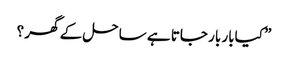
” کیابار بار جاتا ہے ساحل کے گھر ؟